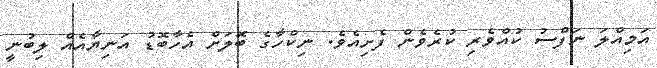
އަމިއްލަ ނަފްސު ކުއްވެރި ކުރެވެން ފެށިއެވެ. ނިކްހާގެ ބޮލަށް އެހާބޮޑު އަނިޔާއެއް ލިބުނީ